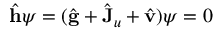
\hat { \bf h } \psi = ( \hat { \bf g } + \hat { \bf J } _ { u } + \hat { \bf v } ) \psi = 0